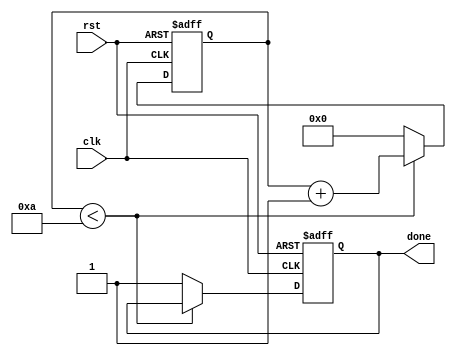
module Incremental_For_Loop(
    input wire clk,            // Clock signal
    input wire rst,            // Reset signal
    output wire done           // Done signal
);

reg [31:0] loop_count;        // Current iteration count
reg [31:0] init_value = 0;    // Initial value
reg [31:0] final_value = 10;  // Final value
reg [31:0] step_size = 1;     // Step size

always @(posedge clk or posedge rst) begin
    if (rst) begin
        loop_count <= 0;
        done <= 0;
    end else begin
        if (loop_count < final_value) begin
            // Perform operations within the loop based on the current iteration count
            // your code here

            // Increment the loop count by the specified step size
            loop_count <= loop_count + step_size;
        end else begin
            loop_count <= init_value;
            done <= 1;
        end
    end
end

endmodule